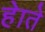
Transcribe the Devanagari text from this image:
हेाते